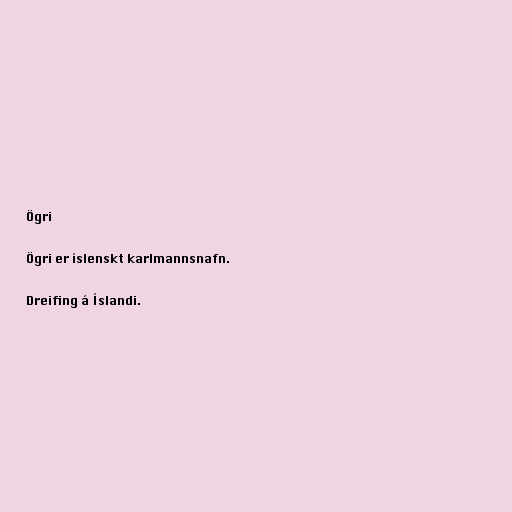
Ögri

Ögri er íslenskt karlmannsnafn.

Dreifing á Íslandi.